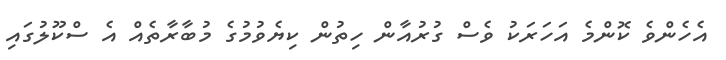
އެހެންވެ ކޮންމެ އަހަރަކު ވެސް ގުރުއާން ހިތުން ކިޔެވުމުގެ މުބާރާތެއް އެ ސްކޫލުގައި